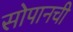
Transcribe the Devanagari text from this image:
सोपानची